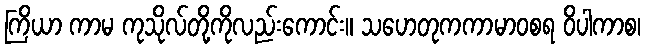
ကြိယာ ကာမ ကုသိုလ်တို့ကိုလည်းကောင်း။ သဟေတုကကာမာဝစရ ဝိပါကာစ၊